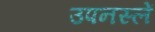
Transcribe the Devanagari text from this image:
उपनस्लें